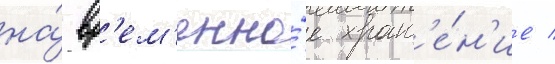
на́ вр'ем'енно́е хран'е́н'ие /